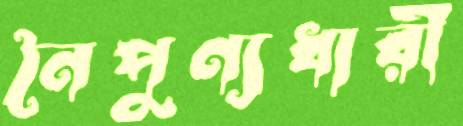
নৈপুণ্যধারী